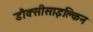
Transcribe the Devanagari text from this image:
डौक्सीसाइक्लिन